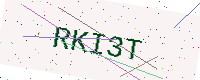
Text: RKI3T